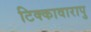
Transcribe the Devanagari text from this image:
टिक्कावारापु